Lunatic asylums in Bengal annual reports 1899-1911 - 1899-1911
Year: 1899
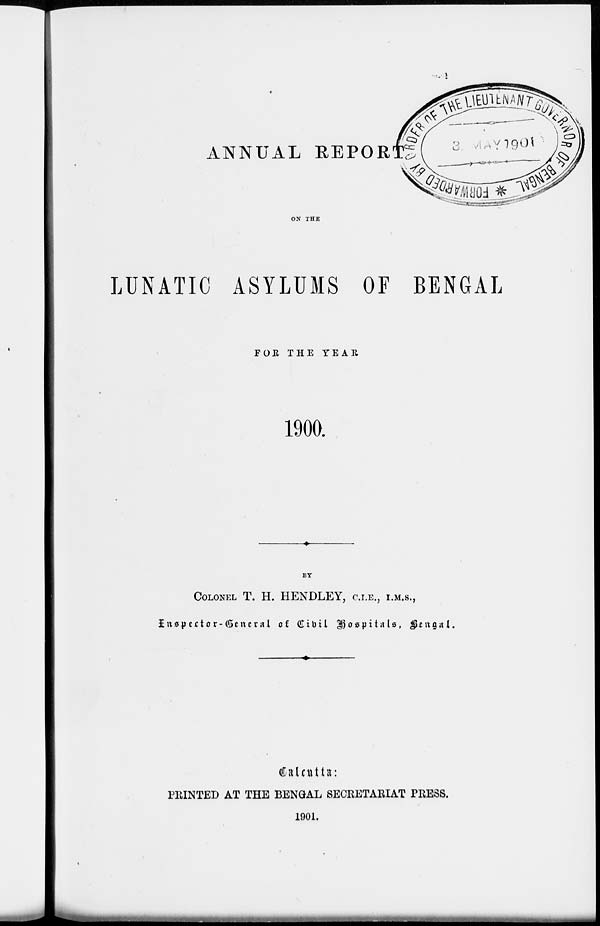
ANNUAL REPORT
ON THE
LUNATIC ASYLUMS OF BENGAL
FOR THE YEAR
1900.
BY
COLONEL T. H. HENDLEY, C.I.E., I.M.S.,
Inspector-General of Civil Hospitals, Bengal.
Calcutta:
PRINTED AT THE BENGAL SECRETARIAT PRESS.
1901.